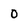
Character: 0